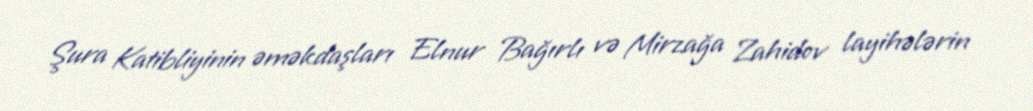
Şura Katibliyinin əməkdaşları Elnur Bağırlı və Mirzağa Zahidov layihələrin